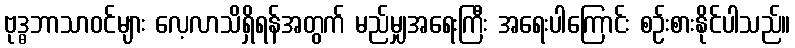
ဗုဒ္ဓဘာသာဝင်များ လေ့လာသိရှိရန်အတွက် မည်မျှအရေးကြီး အရေးပါကြောင်း စဉ်းစားနိုင်ပါသည်။